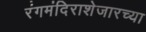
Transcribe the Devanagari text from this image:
रंगमंदिराशेजारच्या